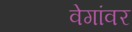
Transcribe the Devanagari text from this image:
वेगांवर